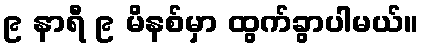
၉ နာရီ ၉ မိနစ်မှာ ထွက်ခွာပါမယ်။